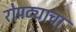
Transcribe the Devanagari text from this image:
रोपट्याचा